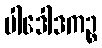
ပါဒေါဒကဉ္စ